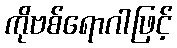
ကိုဗစ်ရောဂါဖြင့်